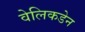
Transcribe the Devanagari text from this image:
वेलिकडेन